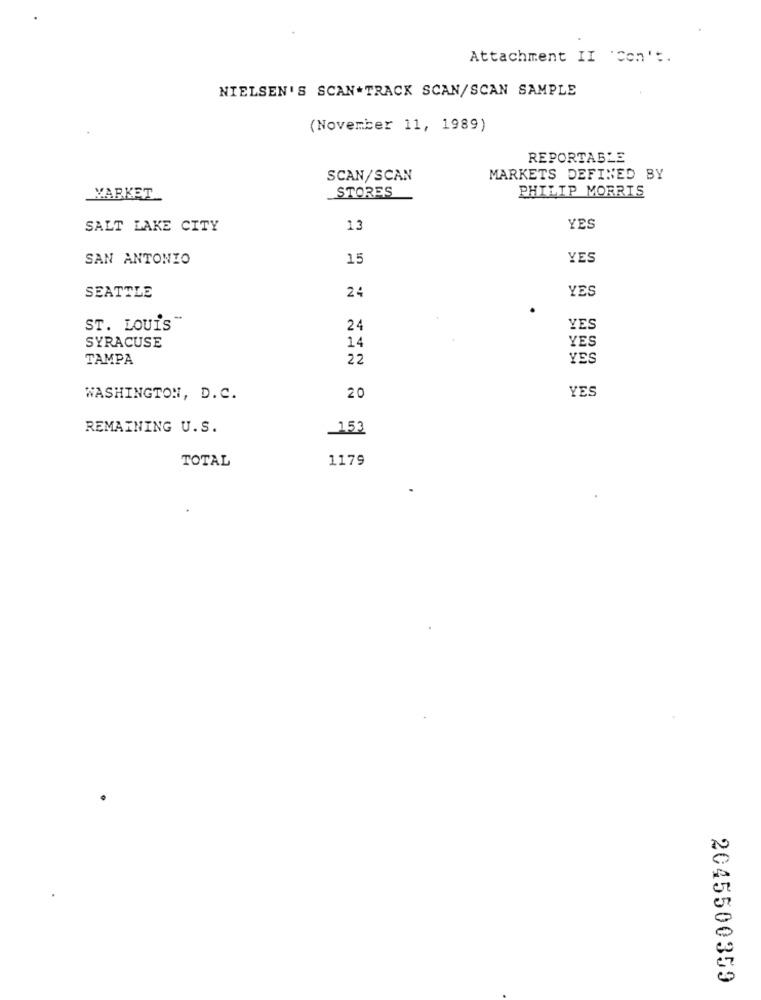
Attachment II 'Con't.
NIELSEN'S SCAN.TRACK SCAN/SCAN SAMPLE
(November 11, 1989)
REPORTABLE
SCAN/SCAN
MARKETS DEFINED BY
PHILIP MORRIS
MARKET
STORES
SALT LAKE CITY
13
YES
SAN ANTONIO
15
YES
24
YES
SEATTLE
ST. LOUIS"
24
YES
14
YES
SYRACUSE
TAMPA
22
YES
YES
WASHINGTON, D. C.
20
REMAINING U.S.
153
TOTAL
1179
2045500359